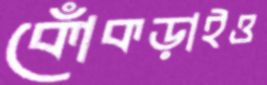
কোঁকড়াইও